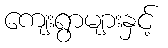
ကျေးရွာများနှင့်